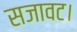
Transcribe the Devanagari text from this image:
सजावट।